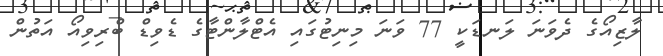
ލާޒިއޯގެ ދެވަނަ ލަނޑަކީ 77 ވަނަ މިނިޓުގައި އެޓްލާންޓާގެ ޑެވިޑް ބްރިވިއޯ އަތުން